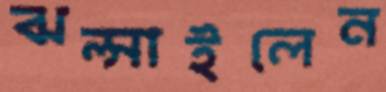
ঝল্‌সাইলেন